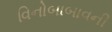
વિનોબાબાવની